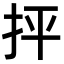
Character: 抨